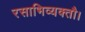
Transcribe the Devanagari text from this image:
रसाभिव्यक्तौ।